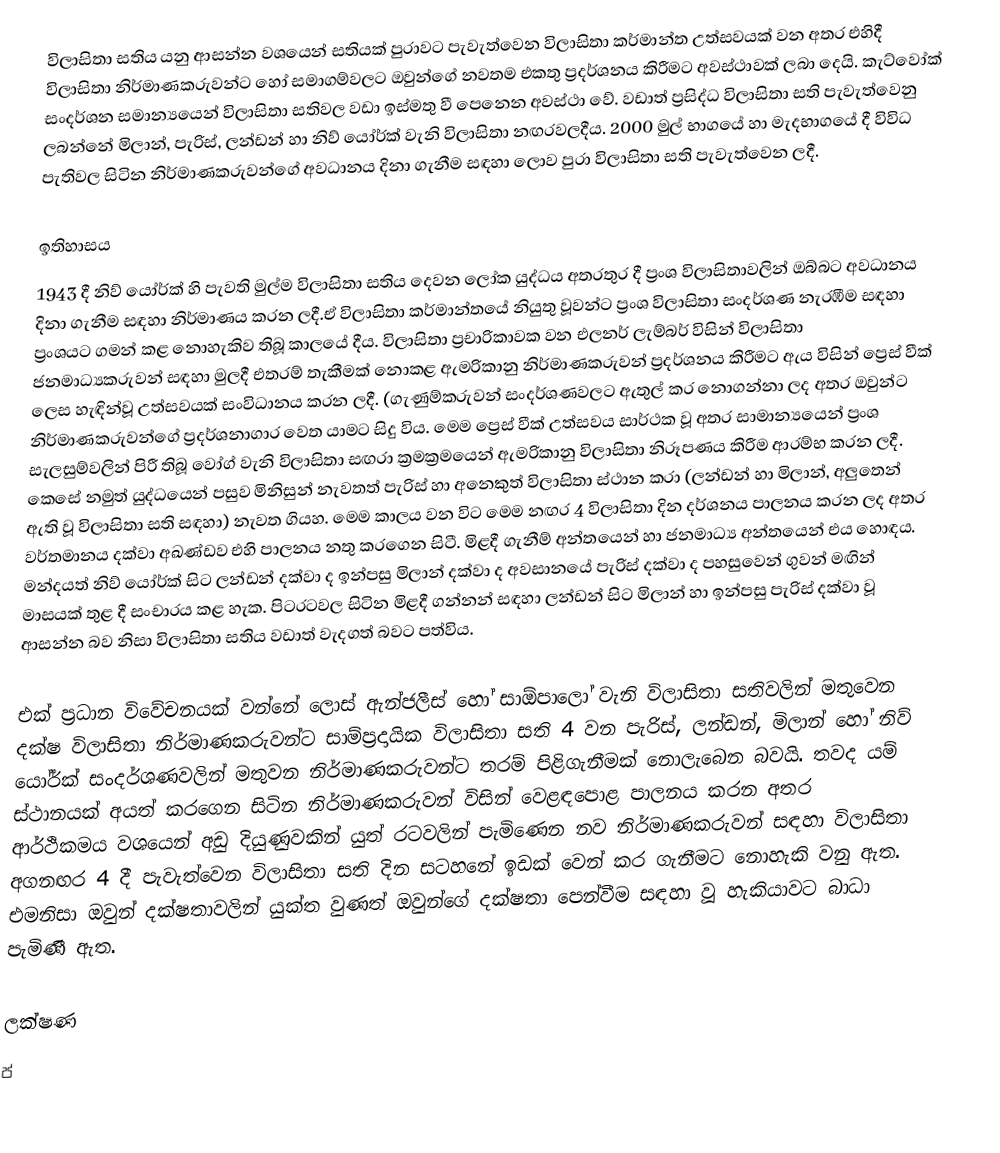
විලාසිතා සතිය යනු ආසන්න වශයෙන් සතියක් පුරාවට පැවැත්වෙන විලාසිතා කර්මාන්ත උත්සවයක් වන අතර එහිදී විලාසිතා නිර්මාණකරුවන්ට හෝ සමාගම්වලට ඔවුන්ගේ නවතම එකතු ප්‍රදර්ශනය කිරීමට අවස්ථාවක් ලබා දෙයි. කැට්වෝක් සංදර්ශන සමාන්‍යයෙන් විලාසිතා සතිවල වඩා ඉස්මතු වී පෙනෙන අවස්ථා වේ. වඩාත් ප්‍රසිද්ධ විලාසිතා සති පැවැත්වෙනු ලබන්නේ මිලාන්, පැරිස්, ලන්ඩන් හා නිව් යෝර්ක් වැනි විලාසිතා නඟරවලදීය. 2000 මුල් භාගයේ හා මැදභාගයේ දී විවිධ පැතිවල සිටින නිර්මාණකරුවන්ගේ අවධානය දිනා ගැනීම සඳහා ලොව පුරා විලාසිතා සති පැවැත්වෙන ලදී.

ඉතිහාසය
1943 දී නිව් යෝර්ක් හි පැවති මුල්ම විලාසිතා සතිය දෙවන ලෝක යුද්ධය අතරතුර දී ප්‍රංශ විලාසිතාවලින් ඔබ්බට අවධානය දිනා ගැනීම සඳහා නිර්මාණය කරන ලදී.ඒ විලාසිතා කර්මාන්තයේ නියුතු වූවන්ට ප්‍රංශ විලාසිතා සංදර්ශණ නැරඹීම සඳහා ප්‍රංශයට ගමන් කළ නොහැකිව තිබූ කාලයේ දීය. විලාසිතා ප්‍රචාරිකාවක වන එලනර් ලැම්බර් විසින් විලාසිතා ජනමාධ්‍යකරුවන් සඳහා මුලදී එතරම් තැකීමක් නොකළ ඇමරිකානු නිර්මාණකරුවන් ප්‍රදර්ශනය කිරීමට ඇය විසින් ප්‍රෙස් වීක් ලෙස හැඳින්වූ උත්සවයක් සංවිධානය කරන ලදී. (ගැණුම්කරුවන් සංදර්ශණවලට ඇතුල් කර නොගන්නා ලද අතර ඔවුන්ට නිර්මාණකරුවන්ගේ ප්‍රදර්ශනාගාර වෙත යාමට සිදු විය. මෙම ප්‍රෙස් වීක් උත්සවය සාර්ථක වූ අතර සාමාන්‍යයෙන් ප්‍රංශ සැලසුම්වලින් පිරී තිබූ වෝග් වැනි විලාසිතා සඟරා ක්‍රමක්‍රමයෙන් ඇමරිකානු විලාසිතා නිරූපණය කිරීම ආරම්භ කරන ලදී. කෙසේ නමුත් යුද්ධයෙන් පසුව මිනිසුන් නැවතත් පැරිස් හා අනෙකුත් විලාසිතා ස්ථාන කරා (ලන්ඩන් හා මිලාන්, අලුතෙන් ඇති වූ විලාසිතා සති සඳහා) නැවත ගියහ. මෙම කාලය වන විට මෙම නඟර 4 විලාසිතා දින දර්ශනය පාලනය කරන ලද අතර වර්තමානය දක්වා අඛණ්ඩව එහි පාලනය නතු කරගෙන සිටී. මිළදී ගැනීම් අන්තයෙන් හා ජනමාධ්‍ය අන්තයෙන් එය හොඳය. මන්දයත් නිව් යෝර්ක් සිට ලන්ඩන් දක්වා ද ඉන්පසු මිලාන් දක්වා ද අවසානයේ පැරිස් දක්වා ද පහසුවෙන් ගුවන් මඟින් මාසයක් තුළ දී සංචාරය කළ හැක. පිටරටවල සිටින මිළදී ගන්නන් සඳහා ලන්ඩන් සිට මිලාන් හා ඉන්පසු පැරිස් දක්වා වූ ආසන්න බව නිසා විලාසිතා සතිය වඩාත් වැදගත් බවට පත්විය.

එක් ප්‍රධාන විවේචනයක් වන්නේ ලොස් ඇන්ජලීස් හෝ සාඕපාලෝ වැනි විලාසිතා සතිවලින් මතුවෙන දක්ෂ විලාසිතා නිර්මාණකරුවන්ට සාම්ප්‍රදායික විලාසිතා සති 4 වන පැරිස්, ලන්ඩන්, මිලාන් හෝ නිව් යෝර්ක් සංදර්ශණවලින් මතුවන නිර්මාණකරුවන්ට තරම් පිළිගැනීමක් නොලැබෙන බවයි. තවද යම් ස්ථානයක් අයත් කරගෙන සිටින නිර්මාණකරුවන් විසින් වෙළඳපොළ පාලනය කරන අතර ආර්ථිකමය වශයෙන් අඩු දියුණුවකින් යුත් රටවලින් පැමිණෙන නව නිර්මාණකරුවන් සඳහා විලාසිතා අගනඟර 4 දී පැවැත්වෙන විලාසිතා සති දින සටහනේ ඉඩක් වෙන් කර ගැනීමට නොහැකි වනු ඇත. එමනිසා ඔවුන් දක්ෂතාවලින් යුක්ත වුණත් ඔවුන්ගේ දක්ෂතා පෙන්වීම සඳහා  වූ හැකියාවට බාධා පැමිණී ඇත.

ලක්ෂණ
ප්‍